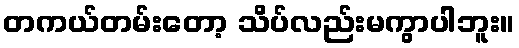
တကယ်တမ်းတော့ သိပ်လည်းမကွာပါဘူး။